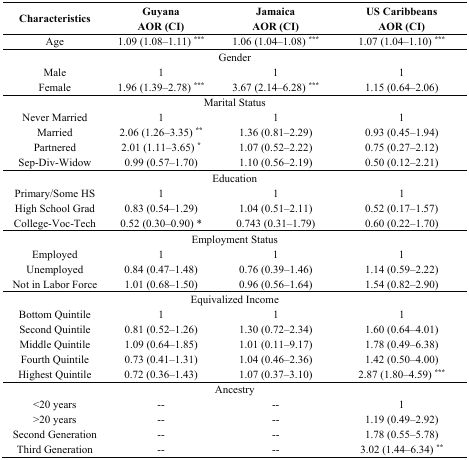
<table><thead><tr><td rowspan="2"><b>Characteristics</b></td><td><b>Guyana</b></td><td><b>Jamaica</b></td><td><b>US Caribbeans</b></td></tr><tr><td><b>AOR (CI)</b></td><td><b>AOR (CI)</b></td><td><b>AOR (CI)</b></td></tr></thead><tbody><tr><td>Age</td><td>1.09 (1.08–1.11) <sup>***</sup></td><td>1.06 (1.04–1.08) <sup>***</sup></td><td>1.07 (1.04–1.10) <sup>***</sup></td></tr><tr><td colspan="4">Gender</td></tr><tr><td>Male</td><td>1</td><td>1</td><td>1</td></tr><tr><td>Female</td><td>1.96 (1.39–2.78) <sup>***</sup></td><td>3.67 (2.14–6.28) <sup>***</sup></td><td>1.15 (0.64–2.06)</td></tr><tr><td colspan="4">Marital Status</td></tr><tr><td>Never Married</td><td>1</td><td>1</td><td>1</td></tr><tr><td>Married</td><td>2.06 (1.26–3.35) <sup>**</sup></td><td>1.36 (0.81–2.29)</td><td>0.93 (0.45–1.94)</td></tr><tr><td>Partnered</td><td>2.01 (1.11–3.65) <sup>*</sup></td><td>1.07 (0.52–2.22)</td><td>0.75 (0.27–2.12)</td></tr><tr><td>Sep-Div-Widow</td><td>0.99 (0.57–1.70)</td><td>1.10 (0.56–2.19)</td><td>0.50 (0.12–2.21)</td></tr><tr><td colspan="4">Education</td></tr><tr><td>Primary/Some HS</td><td>1</td><td>1</td><td>1</td></tr><tr><td>High School Grad</td><td>0.83 (0.54–1.29)</td><td>1.04 (0.51–2.11)</td><td>0.52 (0.17–1.57)</td></tr><tr><td>College-Voc-Tech</td><td>0.52 (0.30–0.90) *</td><td>0.743 (0.31–1.79)</td><td>0.60 (0.22–1.70)</td></tr><tr><td colspan="4">Employment Status</td></tr><tr><td>Employed</td><td>1</td><td>1</td><td>1</td></tr><tr><td>Unemployed</td><td>0.84 (0.47–1.48)</td><td>0.76 (0.39–1.46)</td><td>1.14 (0.59–2.22)</td></tr><tr><td>Not in Labor Force</td><td>1.01 (0.68–1.50)</td><td>0.96 (0.56–1.64)</td><td>1.54 (0.82–2.90)</td></tr><tr><td colspan="4">Equivalized Income</td></tr><tr><td>Bottom Quintile</td><td>1</td><td>1</td><td>1</td></tr><tr><td>Second Quintile</td><td>0.81 (0.52–1.26)</td><td>1.30 (0.72–2.34)</td><td>1.60 (0.64–4.01)</td></tr><tr><td>Middle Quintile</td><td>1.09 (0.64–1.85)</td><td>1.01 (0.11–9.17)</td><td>1.78 (0.49–6.38)</td></tr><tr><td>Fourth Quintile</td><td>0.73 (0.41–1.31)</td><td>1.04 (0.46–2.36)</td><td>1.42 (0.50–4.00)</td></tr><tr><td>Highest Quintile</td><td>0.72 (0.36–1.43)</td><td>1.07 (0.37–3.10)</td><td>2.87 (1.80–4.59) <sup>***</sup></td></tr><tr><td colspan="4">Ancestry</td></tr><tr><td>&lt;20 years</td><td>--</td><td>--</td><td>1</td></tr><tr><td>&gt;20 years</td><td>--</td><td>--</td><td>1.19 (0.49–2.92)</td></tr><tr><td>Second Generation</td><td>--</td><td>--</td><td>1.78 (0.55–5.78)</td></tr><tr><td>Third Generation</td><td>--</td><td>--</td><td>3.02 (1.44–6.34) <sup>**</sup></td></tr></tbody></table>